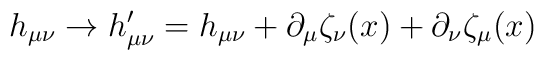
h_{\mu\nu} \rightarrow h'_{\mu\nu} = h_{\mu\nu} + \partial_\mu \zeta_\nu (x) + \partial_\nu  \zeta_\mu (x)